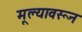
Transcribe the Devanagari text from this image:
मूल्यावरून